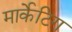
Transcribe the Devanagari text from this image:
मार्केटिग